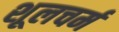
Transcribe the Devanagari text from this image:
शूलचर्म